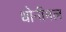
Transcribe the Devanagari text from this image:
धोनीमल